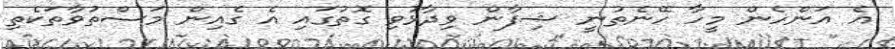
އެ އަންހެން މީހާ ހޭނެތުނީ ޝިފާން ވިދާޅުވި ގޮތުގައި އެ ގެއިން މަސްތުވާތަކެތި